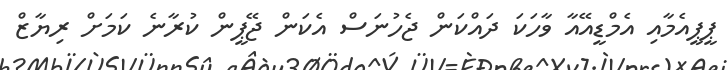
ޕީޕީއެމާއި އެމްޑީއޭއާ ވާހަކަ ދައްކަން ޖެހުނަސް އެކަން ޖޭޕީން ކުރާނެ ކަމަށް ރިޔާޒް